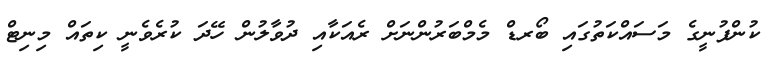
ކުންފުނީގެ މަސައްކަތުގައި ބޯރޑް މެމްބަރުންނަށް ރެއަކާއި ދުވާލުން ހޭދަ ކުރެވެނީ ކިތައް މިނިޓް